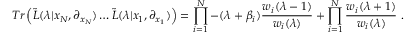
T r \left( { \tilde { L } } ( \lambda | x _ { N } , \partial _ { x _ { N } } ) \ldots { \tilde { L } } ( \lambda | x _ { 1 } , \partial _ { x _ { 1 } } ) \right) = \prod _ { i = 1 } ^ { N } - ( \lambda + \beta _ { i } ) \frac { w _ { i } ( \lambda - 1 ) } { w _ { i } ( \lambda ) } + \prod _ { i = 1 } ^ { N } \frac { w _ { i } ( \lambda + 1 ) } { w _ { i } ( \lambda ) } ~ .